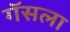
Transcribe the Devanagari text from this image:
गॅसला